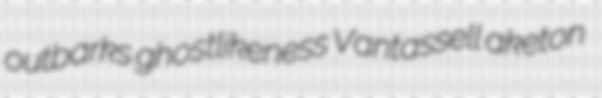
outbarks ghostlikeness Vantassell aketon